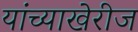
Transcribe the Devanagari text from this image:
यांच्याखेरीज